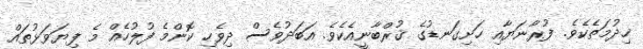
ޚިދުމަތެކެވެ. ފުރާނަޔާއި ހަށިގަނޑުގެ ޤުރްބާނީއެކެވެ. އަބަދުވެސް ދިވެހި ކޮންމެ ފުލުހެއް މެ ފިޔަވަޅުތައް